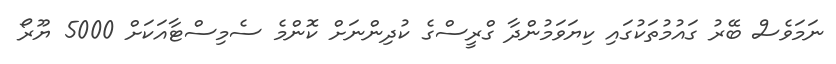
ނަމަވެސް ބޭރު ގައުމުތަކުގައި ކިޔަވަމުންދާ ގްރީސްގެ ކުދިންނަށް ކޮންމެ ސެމިސްޓާއަކަށް 5000 ޔޫރޯ